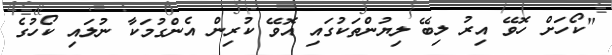
"ކޯހަށް ހޮވޭ އިރު ލިބޭ ލިޔުންތަކުގައި އޮވޭ ކުރިން އެންގުމަކާ ނުލައި ކޯހުގެ